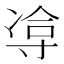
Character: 𪧹